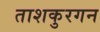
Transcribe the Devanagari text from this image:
ताशकुरगन